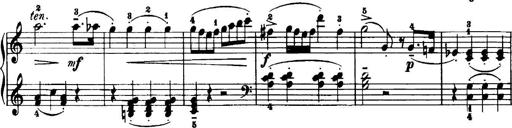
Title: 7 Sonatinas
Composer: Anton Diabelli